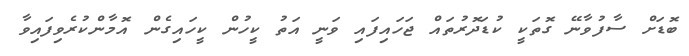
ބޮޑަށް ސާފުވާނޭ ގޮތަކީ ކުޑަދޮރުތައް ޖަހައިފައި ވަނީ އަތު ކީހުން ކީހައިގެން އޮމާންކުރެވިފައިވާ